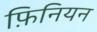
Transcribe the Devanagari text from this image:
फ़िनियन